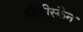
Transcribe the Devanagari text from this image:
सीटीस्कैन